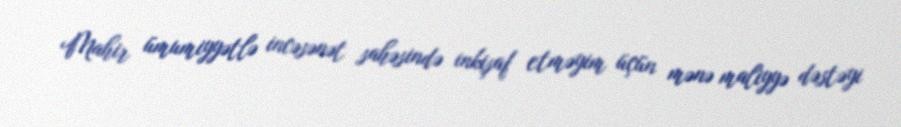
Mahir ümumiyyətlə incəsənət sahəsində inkişaf etməyim üçün mənə maliyyə dəstəyi